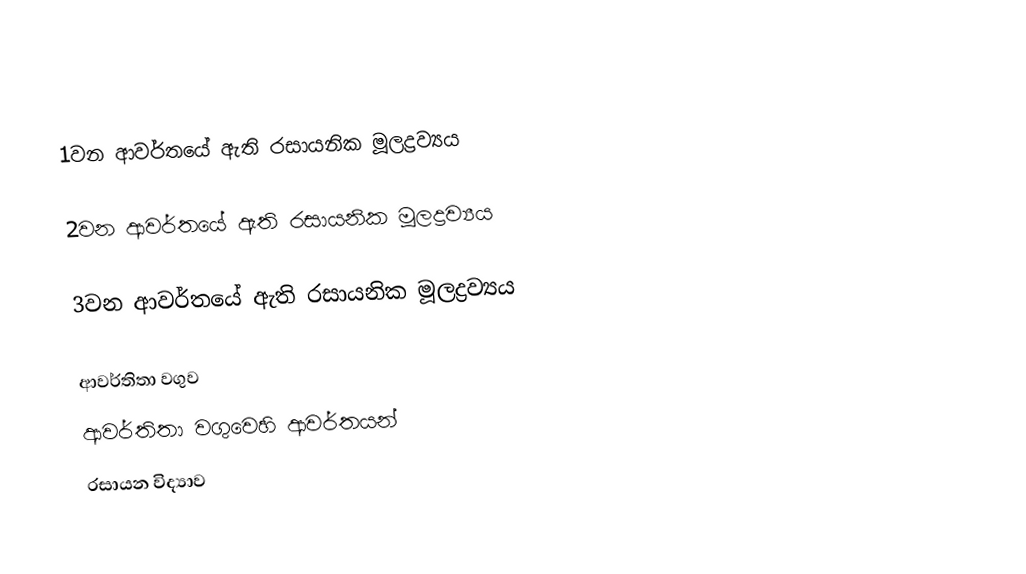

1වන ආවර්තයේ ඇති රසායනික මූලද්‍රව්‍යය

2වන ආවර්තයේ ඇති රසායනික මූලද්‍රව්‍යය

3වන ආවර්තයේ ඇති රසායනික මූලද්‍රව්‍යය

ආවර්තිතා වගුව
ආවර්තිතා වගුවෙහි ආවර්තයන්
රසායන විද්‍යාව